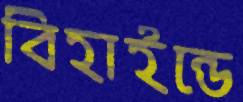
বিহাইন্ডে